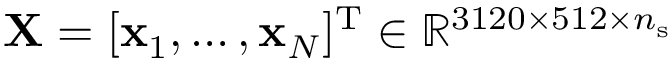
\mathbf { X } = [ \mathbf { x } _ { 1 } , \hdots , \mathbf { x } _ { N } ] ^ { \mathrm { T } } \in \mathbb { R } ^ { 3 1 2 0 \times 5 1 2 \times n _ { \mathrm { s } } }